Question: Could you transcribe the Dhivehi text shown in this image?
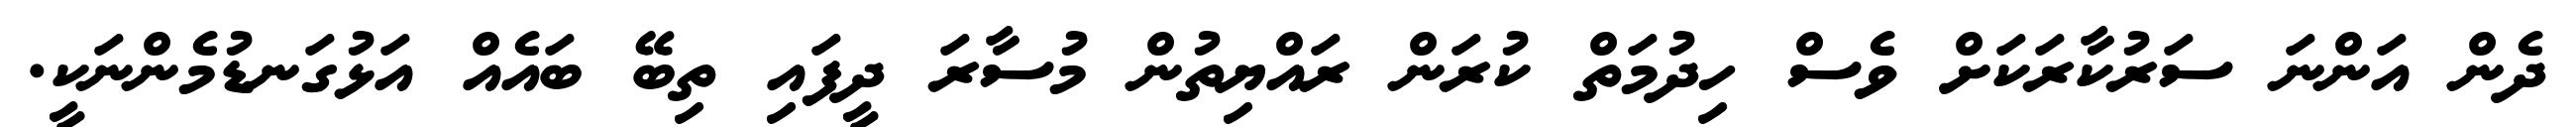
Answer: ދެން އަންނަ ސަރުކާރަކަށް ވެސް ހިދުމަތް ކުރަން ރައްޔިތުން މުސާރަ ދީފައި ތިބޭ ބައެއް އަޅުގަނޑުމެންނަކީ.